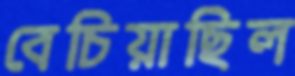
বেচিয়াছিল